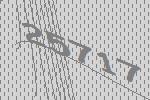
25717